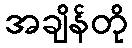
အချိန်တို